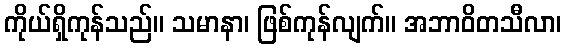
ကိုယ်ရှိကုန်သည်။ သမာနာ၊ ဖြစ်ကုန်လျက်။ အဘာဝိတသီလာ၊